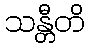
သန္တီတိ